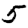
Digit: 5